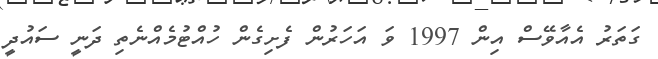
ގަތަރު އެއާވޭސް އިން 1997 ވަ އަހަރުން ފެށިގެން ހުއްޓުމެއްނެތި ދަނީ ސައުދީ